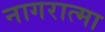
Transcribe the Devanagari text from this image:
नागरात्मा